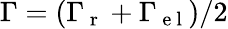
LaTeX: \Gamma=(\Gamma_{\mathrm{~r~}}+\Gamma_{\mathrm{~e~l~}})/2